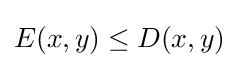
E(x,y)\leq D(x,y)